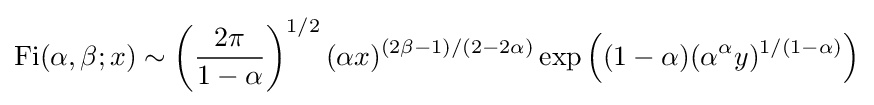
\operatorname {Fi} (\alpha ,\beta ;x)\sim \left({\frac {2\pi }{1-\alpha }}\right)^{1/2}(\alpha x)^{(2\beta -1)/(2-2\alpha )}\exp \left((1-\alpha )(\alpha ^{\alpha }y)^{1/(1-\alpha )}\right)